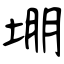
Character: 堋